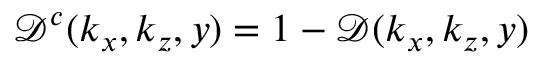
\mathcal { D } ^ { c } ( k _ { x } , k _ { z } , y ) = 1 - \mathcal { D } ( k _ { x } , k _ { z } , y )